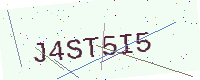
Text: J4ST5I5